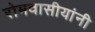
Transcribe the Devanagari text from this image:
रोमवासीयांनी